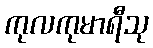
ကုလကုမာရီသု